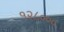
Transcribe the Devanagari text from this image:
१२८०००